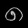
Digit: ၈